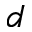
d